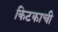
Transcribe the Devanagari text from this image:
किटकाची